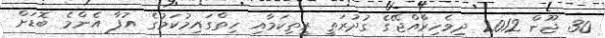
30 ޖޫން 2012 ދިވެހިރާއްޖޭގެ ގުދުރަތީ ރީތިކަމާއި ހިތްގައިމުކަމުގެ އުފާ އެންމެ ބޮޑަށް